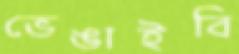
ভেঙাইবি